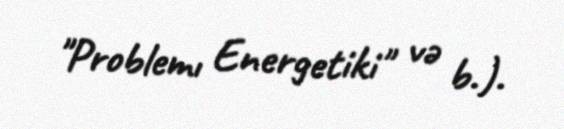
"Problemı Energetiki" və b.).